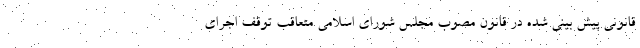
قانونی پیش بینی شده در قانون مصوب مجلس شورای اسلامی متعاقب توقف اجرای